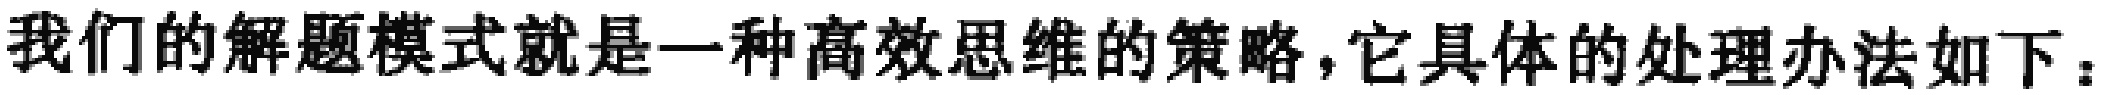
我们的解题模式就是一种高效思维的策略，它具体的处理办法如下：